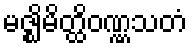
မဇ္ဈိမိတ္ထိဝဏ္ဏသတံ